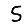
Digit: 5